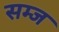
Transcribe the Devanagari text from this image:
सम्ज